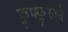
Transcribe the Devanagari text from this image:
फुफ्फुसाचे